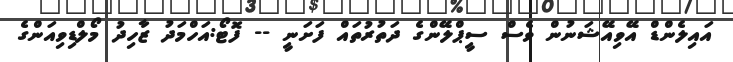
އައިލެންޑް އޭވިއޭޝަނުން ވެސް ސީޕްލޭންގެ ދަތުރުތައް ފަށަނީ -- ފޮޓޯ:އަހްމަދު ޒާހިދު މޯލްޑިވިއަންގެ